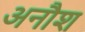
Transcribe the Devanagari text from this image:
अनौश